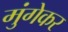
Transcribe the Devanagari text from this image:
मुंगेकर